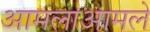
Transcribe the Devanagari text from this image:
आमलाआमले